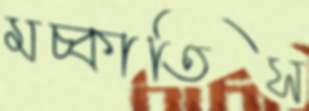
মচ্‌কাতিস